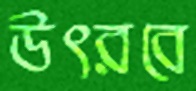
উৎরবে